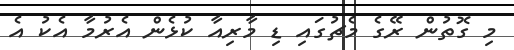
މި ގޮތުން ރޭގެ މެޗުގައި ޑި މާރިއާ ކުޅެން އެރުމާ އެކު އެ